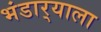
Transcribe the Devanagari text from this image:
भंडार्‍याला